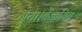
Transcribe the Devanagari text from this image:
गया।बेंजामिन